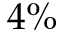
4 \%